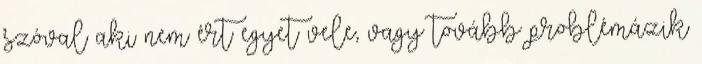
szóval aki nem ért egyet vele, vagy tovább problémázik